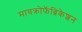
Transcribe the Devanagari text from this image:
मायक्रोफॅब्रिकेशन